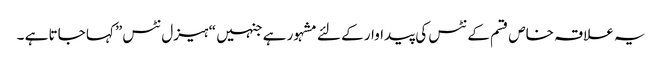
یہ علاقہ خاص قسم کے نٹس کی پیداوار کے لئے مشہور ہے جنہیں “ہیزل نٹس” کہا جاتا ہے ۔